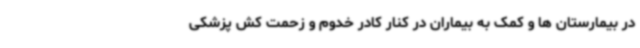
در بیمارستان ها و کمک به بیماران در کنار کادر خدوم و زحمت کش پزشکی